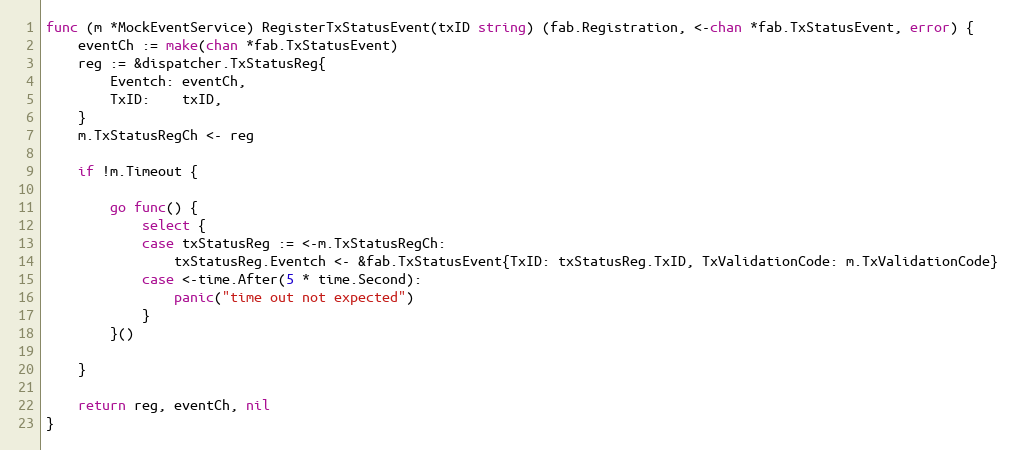
Language: Go
func (m *MockEventService) RegisterTxStatusEvent(txID string) (fab.Registration, <-chan *fab.TxStatusEvent, error) {
	eventCh := make(chan *fab.TxStatusEvent)
	reg := &dispatcher.TxStatusReg{
		Eventch: eventCh,
		TxID:    txID,
	}
	m.TxStatusRegCh <- reg

	if !m.Timeout {

		go func() {
			select {
			case txStatusReg := <-m.TxStatusRegCh:
				txStatusReg.Eventch <- &fab.TxStatusEvent{TxID: txStatusReg.TxID, TxValidationCode: m.TxValidationCode}
			case <-time.After(5 * time.Second):
				panic("time out not expected")
			}
		}()

	}

	return reg, eventCh, nil
}